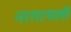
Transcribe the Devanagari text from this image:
नागाथली